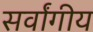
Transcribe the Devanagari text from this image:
सर्वांगीय